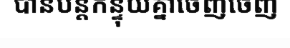
បានបន្តកន្ទុយគ្នាចេញចេញ